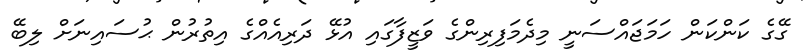
ގޭގެ ކަންކަން ހަމަޖައްސަނީ މިދެމަފިރިންގެ ވަޒީފާގައި އުޅޭ ދަރިއެއްގެ އިތުރުން ޙުސައިނަށް ލިބޭ